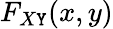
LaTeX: F_{X\mathtt{Y}}(x,y)